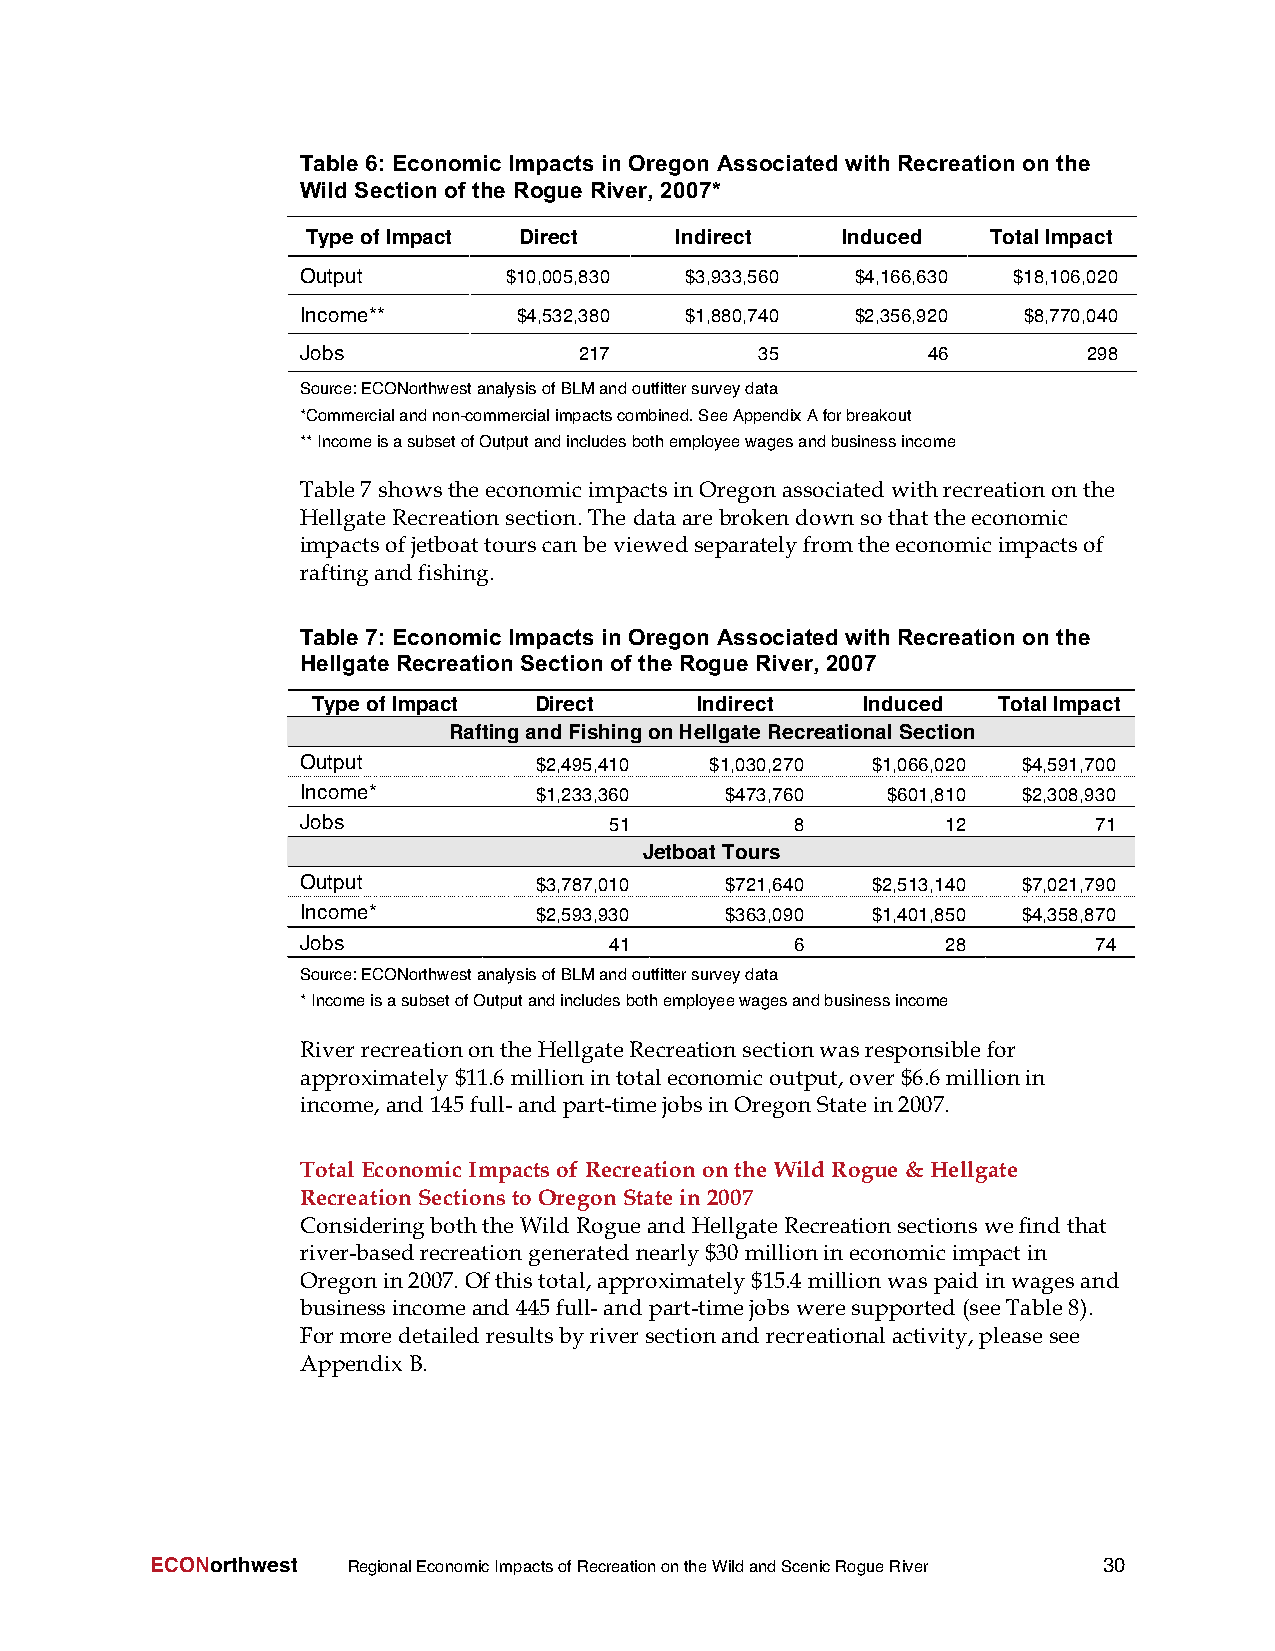
Table 6: Economic Impacts in Oregon Associated with Recreation on the
 Wild Section of the Rogue River, 2007*
 TypeofImpact  Direct     Indirect   Induced   TotalImpact
 Output        $10,005,830 $3,933,560 $4,166,630 $18,106,020
 Income**      $4,532,380 $1,880,740  $2,356,920 $8,770,040
 Jobs              217         35         46         298
 Source:ECONorthwestanalysisofBLMandoutfittersurveydata
 *Commercialandnon-commercialimpactscombined.SeeAppendixAforbreakout
 **IncomeisasubsetofOutputandincludesbothemployeewagesandbusinessincome
 Table7 showstheeconomicimpactsinOregonassociatedwithrecreationonthe
 HellgateRecreationsection.The dataarebrokendownsothattheeconomic
 impactsofjetboattourscanbeviewedseparatelyfromtheeconomicimpactsof
 raftingandfishing.
 Table 7: Economic Impacts in Oregon Associated with Recreation on the
 Hellgate Recreation Section of the Rogue River, 2007
 TypeofImpact  Direct     Indirect   Induced  TotalImpact
 RaftingandFishingonHellgateRecreationalSection
 Output         $2,495,410  $1,030,270 $1,066,020 $4,591,700
 Income*        $1,233,360   $473,760   $601,810 $2,308,930
 Jobs                51           8         12       71
 JetboatTours
 Output         $3,787,010   $721,640  $2,513,140 $7,021,790
 Income*        $2,593,930   $363,090  $1,401,850 $4,358,870
 Jobs                41           6         28       74
 Source:ECONorthwestanalysisofBLMandoutfittersurveydata
 *IncomeisasubsetofOutputandincludesbothemployeewagesandbusinessincome
 RiverrecreationontheHellgateRecreationsectionwasresponsiblefor
 approximately$11.6 millionintotaleconomicoutput,over$6.6 millionin
 income,and145full-andpart-timejobsin OregonStatein2007.
 Total EconomicImpactsof Recreationonthe WildRogue & Hellgate
 RecreationSectionsto OregonState in2007
 ConsideringboththeWildRogueand HellgateRecreationsectionswefindthat
 river-basedrecreationgenerated nearly$30 millionineconomicimpactin
 Oregonin2007. Ofthistotal,approximately$15.4 millionwas paidinwagesand
 businessincomeand445full-andpart-timejobsweresupported(seeTable8).
 Formoredetailedresultsbyriversectionandrecreationalactivity,pleasesee
 Appendix B.
 ECONorthwest RegionalEconomicImpactsofRecreationontheWildandScenicRogueRiver 30